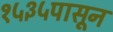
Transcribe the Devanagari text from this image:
१५३५पासून